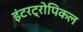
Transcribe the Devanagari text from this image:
इंटरट्रोपिकल